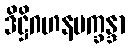
ဒိဋ္ဌိဂဟနပက္ခန္ဒာ